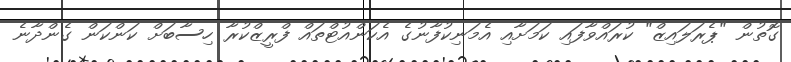
ގޮތުން "ޕެރަލައިޒް" ކުރައްވާފައި ކަމަށާއި އެމަނިކުފާނުގެ އެކަންއުޓްތައް ފްރީޒްކުރާ ހިސާބަށް ކަންކަން ގެންދާނެ